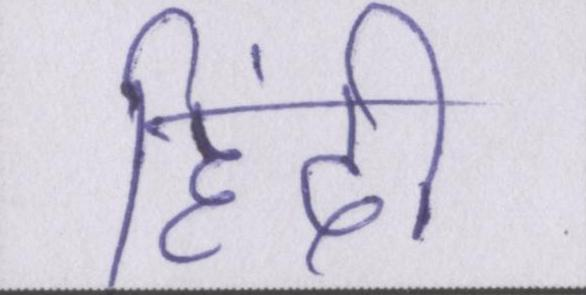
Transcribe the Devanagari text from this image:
हिंदी